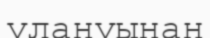
улануынан